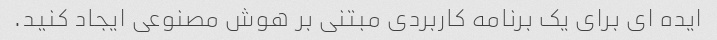
ایده ای برای یک برنامه کاربردی مبتنی بر هوش مصنوعی ایجاد کنید.